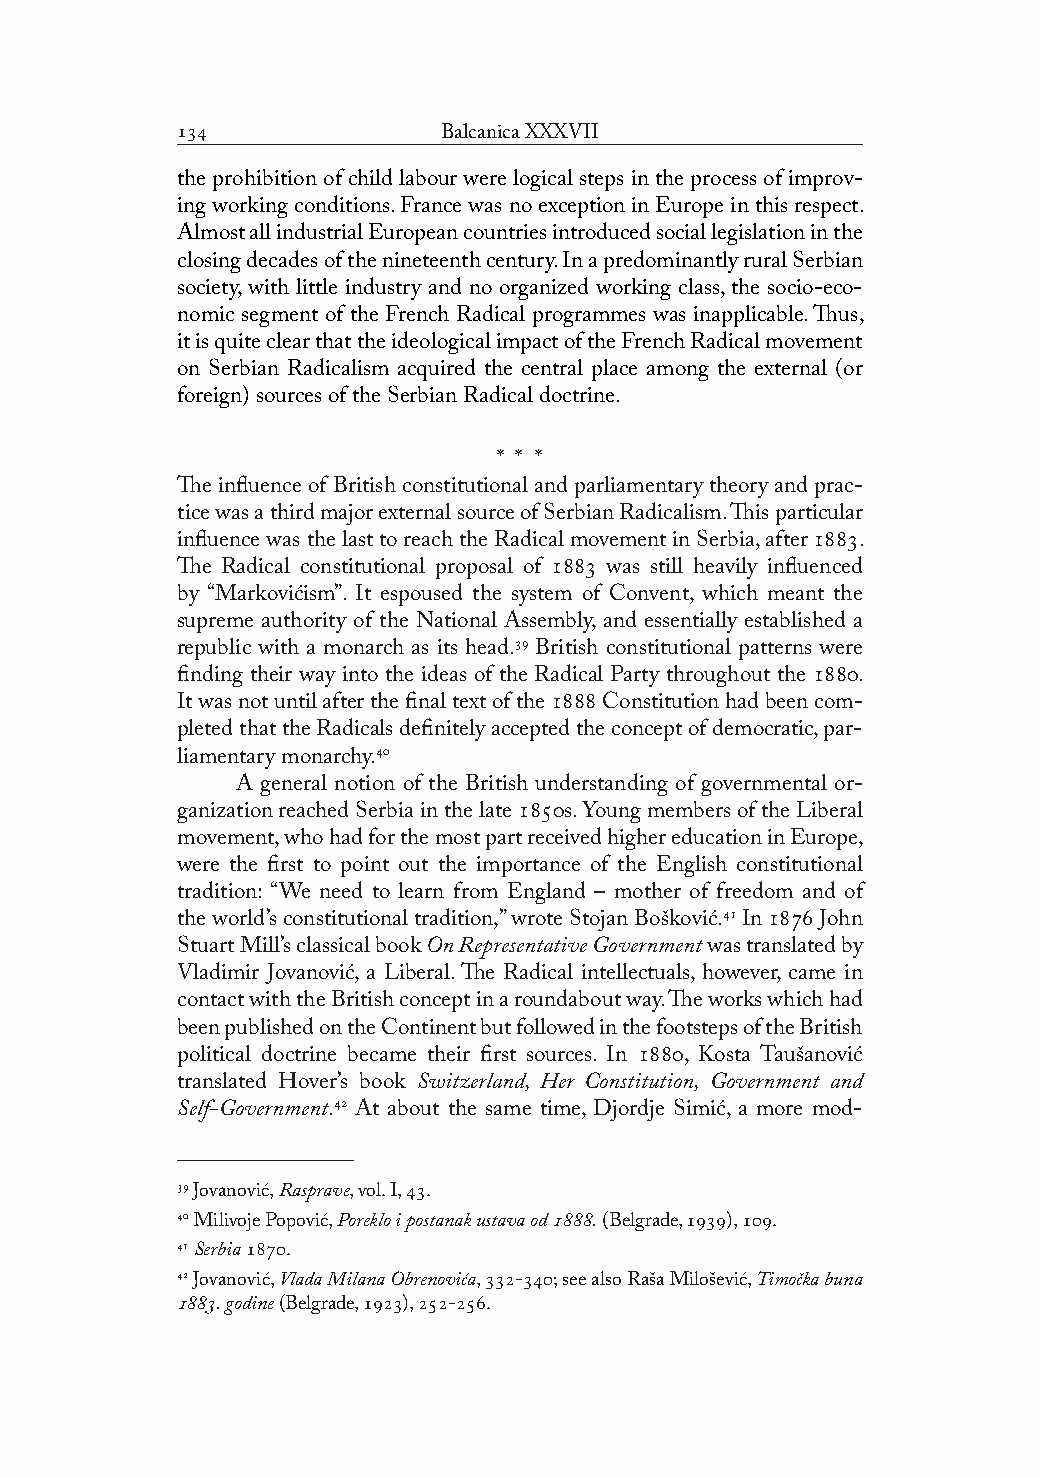
              Balcanica XXXVII
 the prohibition of child labour were logical steps in the process of improv-
 ing working conditions. France was no exception in Europe in this respect.
 Almost all industrial European countries introduced social legislation in the
 closing decades of the nineteenth century. In a predominantly rural Serbian
 society, with little industry and no organized working class, the socio-eco-
 nomic segment of the French Radical programmes was inapplicable. Thus,
 it is quite clear that the ideological impact of the French Radical movement
 on Serbian Radicalism acquired the central place among the external (or
 foreign) sources of the Serbian Radical doctrine.
 * * *
 The influence of British constitutional and parliamentary theory and prac-
 tice was a third major external source of Serbian Radicalism. This particular
 influence was the last to reach the Radical movement in Serbia, after .
 The Radical constitutional proposal of  was still heavily influenced
 by “Markovićism”. It espoused the system of Convent, which meant the
 supreme authority of the National Assembly, and essentially established a
 republic with a monarch as its head. British constitutional patterns were
 finding their way into the ideas of the Radical Party throughout the .
 It was not until after the final text of the  Constitution had been com-
 pleted that the Radicals definitely accepted the concept of democratic, par-
 liamentary monarchy.
 A general notion of the British understanding of governmental or-
 ganization reached Serbia in the late s. Young members of the Liberal
 movement, who had for the most part received higher education in Europe,
 were the first to point out the importance of the English constitutional
 tradition: “We need to learn from England – mother of freedom and of
 the world’s constitutional tradition,” wrote Stojan Bošković. In  John
 Stuart Mill’s classical book On Representative Government was translated by
 Vladimir Jovanović, a Liberal. The Radical intellectuals, however, came in
 contact with the British concept in a roundabout way. The works which had
 been published on the Continent but followed in the footsteps of the British
 political doctrine became their first sources. In , Kosta Taušanović
 translated Hover’s book Switzerland, Her Constitution, Government and
 Self-Government. At about the same time, Djordje Simić, a more mod-
  Jovanović, Rasprave, vol. I, .
  Milivoje Popović, Poreklo i postanak ustava od . (Belgrade, ), .
  Serbia .
  Jovanović, Vlada Milana Obrenovića, -; see also Raša Milošević, Timočka buna
 . godine (Belgrade, ), -.